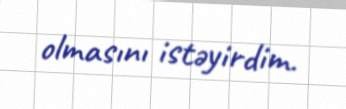
olmasını istəyirdim.